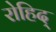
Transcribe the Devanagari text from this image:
रोहिद्